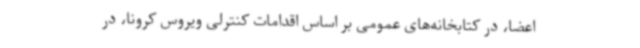
اعضا، در کتابخانه‌های عمومی بر اساس اقدامات کنترلی ویروس کرونا، در